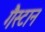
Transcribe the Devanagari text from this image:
गैस्टान